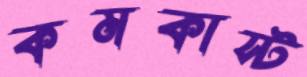
কমকাস্ট